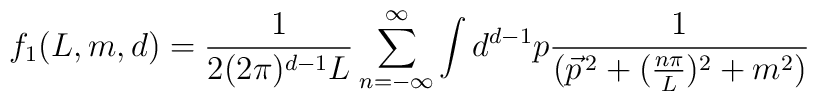
f_1(L,m,d)=\frac{1}{2(2\pi)^{d-1}L}\sum_{n=-\infty}^{\infty}\int d^{d-1}p \frac{1}{(\vec{p}^{\,2}+(\frac{n\pi}{L})^{2}+m^{2})}